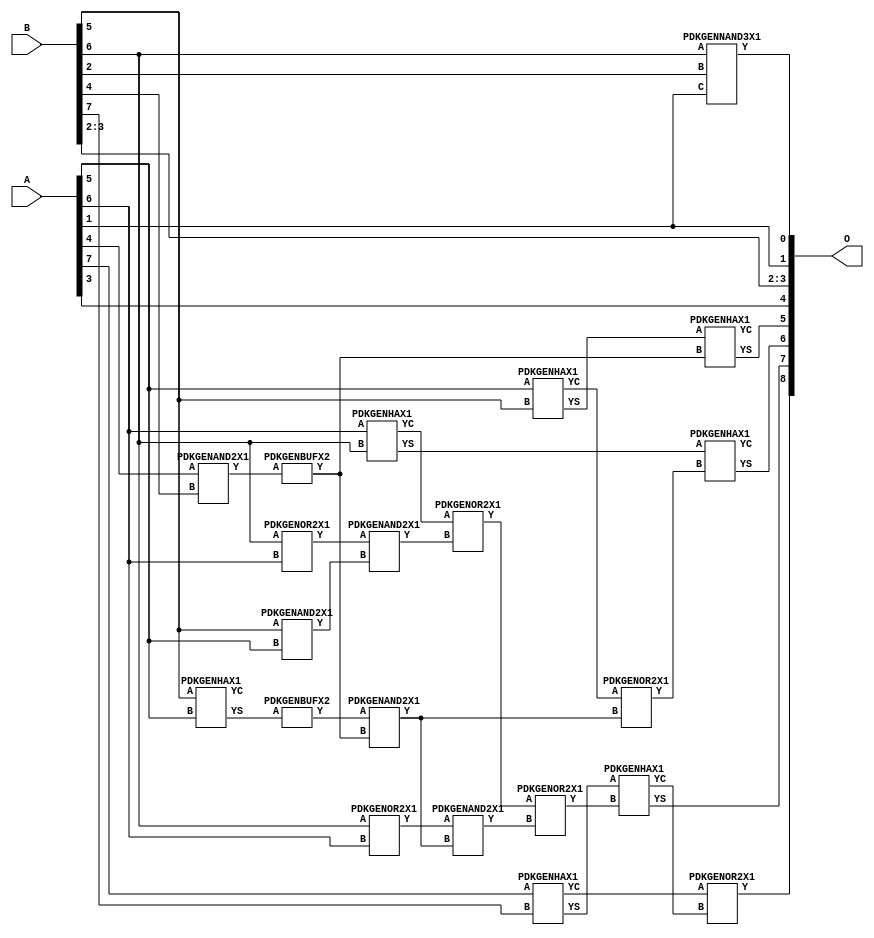
// Library = EvoApprox8b
// Circuit = add8_277
// Area   (180) = 996
// Delay  (180) = 0.850
// Power  (180) = 278.30
// Area   (45) = 66
// Delay  (45) = 0.350
// Power  (45) = 22.77
// Nodes = 21
// HD = 192640
// MAE = 9.58984
// MSE = 136.37500
// MRE = 5.12 %
// WCE = 24
// WCRE = 112 %
// EP = 96.9 %

module add8_277(A, B, O);
  input [7:0] A;
  input [7:0] B;
  output [8:0] O;
  wire [2031:0] N;

  assign N[0] = A[0];
  assign N[1] = A[0];
  assign N[2] = A[1];
  assign N[3] = A[1];
  assign N[4] = A[2];
  assign N[5] = A[2];
  assign N[6] = A[3];
  assign N[7] = A[3];
  assign N[8] = A[4];
  assign N[9] = A[4];
  assign N[10] = A[5];
  assign N[11] = A[5];
  assign N[12] = A[6];
  assign N[13] = A[6];
  assign N[14] = A[7];
  assign N[15] = A[7];
  assign N[16] = B[0];
  assign N[17] = B[0];
  assign N[18] = B[1];
  assign N[19] = B[1];
  assign N[20] = B[2];
  assign N[21] = B[2];
  assign N[22] = B[3];
  assign N[23] = B[3];
  assign N[24] = B[4];
  assign N[25] = B[4];
  assign N[26] = B[5];
  assign N[27] = B[5];
  assign N[28] = B[6];
  assign N[29] = B[6];
  assign N[30] = B[7];
  assign N[31] = B[7];

  PDKGENOR2X1 n42(.A(N[28]), .B(N[12]), .Y(N[42]));
  assign N[43] = N[42];
  PDKGENOR2X1 n44(.A(N[28]), .B(N[12]), .Y(N[44]));
  PDKGENAND2X1 n46(.A(N[26]), .B(N[10]), .Y(N[46]));
  PDKGENNAND3X1 n60(.A(N[28]), .B(N[20]), .C(N[2]), .Y(N[60]));
  PDKGENAND2X1 n68(.A(N[8]), .B(N[24]), .Y(N[68]));
  PDKGENHAX1 n78(.A(N[10]), .B(N[26]), .YS(N[78]), .YC(N[79]));
  PDKGENHAX1 n86(.A(N[12]), .B(N[28]), .YS(N[86]), .YC(N[87]));
  PDKGENHAX1 n96(.A(N[14]), .B(N[30]), .YS(N[96]), .YC(N[97]));
  PDKGENHAX1 n134(.A(N[26]), .B(N[10]), .YS(N[134]), .YC(N[135]));
  PDKGENBUFX2 n136(.A(N[134]), .Y(N[136]));
  assign N[137] = N[136];
  PDKGENBUFX2 n152(.A(N[68]), .Y(N[152]));
  assign N[153] = N[152];
  PDKGENAND2X1 n162(.A(N[43]), .B(N[46]), .Y(N[162]));
  PDKGENOR2X1 n180(.A(N[87]), .B(N[162]), .Y(N[180]));
  assign N[181] = N[180];
  PDKGENAND2X1 n226(.A(N[137]), .B(N[153]), .Y(N[226]));
  PDKGENOR2X1 n244(.A(N[79]), .B(N[226]), .Y(N[244]));
  assign N[245] = N[244];
  PDKGENAND2X1 n254(.A(N[44]), .B(N[226]), .Y(N[254]));
  assign N[255] = N[254];
  PDKGENOR2X1 n272(.A(N[181]), .B(N[255]), .Y(N[272]));
  PDKGENHAX1 n394(.A(N[78]), .B(N[152]), .YS(N[394]), .YC(N[395]));
  PDKGENHAX1 n404(.A(N[86]), .B(N[245]), .YS(N[404]), .YC(N[405]));
  PDKGENHAX1 n412(.A(N[96]), .B(N[272]), .YS(N[412]), .YC(N[413]));
  PDKGENOR2X1 n422(.A(N[97]), .B(N[413]), .Y(N[422]));

  assign O[0] = N[60];
  assign O[1] = N[2];
  assign O[2] = N[20];
  assign O[3] = N[22];
  assign O[4] = N[6];
  assign O[5] = N[394];
  assign O[6] = N[404];
  assign O[7] = N[412];
  assign O[8] = N[422];

endmodule
/* mod */
module PDKGENHAX1( input A, input B, output YS, output YC );
    assign YS = A ^ B;
    assign YC = A & B;
endmodule
/* mod */
module PDKGENOR2X1(input A, input B, output Y );
     assign Y = A | B;
endmodule
/* mod */
module PDKGENAND2X1(input A, input B, output Y );
     assign Y = A & B;
endmodule
/* mod */
module PDKGENNAND3X1(input A, input B, input C, output Y );
     assign Y = ~((A & B) & C);
endmodule
/* mod */
module PDKGENBUFX2(input A, output Y );
     assign Y = A;
endmodule